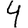
Digit: 4